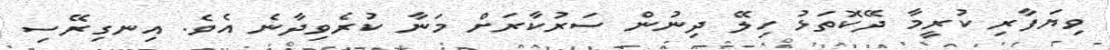
ވިޔަފާރި ކުރީމާ ދޭކޮތަޅު ހިލޭ ދިނުން ސަރުކާރަށް މަނާ ކުރެވިދާނެ އެވެ. އިނގިރޭސި